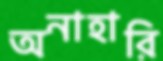
অনাহারি